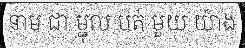
នាម ជា ម្ជុល បត់ មួយ យ៉ាង